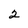
Character: 2